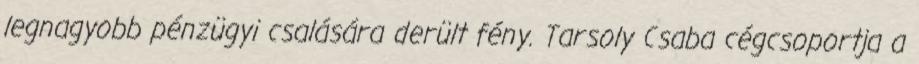
legnagyobb pénzügyi csalására derült fény. Tarsoly Csaba cégcsoportja a